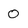
Character: 0